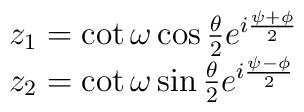
\begin{array}{ll} z_1=\cot \omega \cos\frac{\theta}{2}e^{i\frac{\psi+\phi}{2}} \\ z_2=\cot \omega \sin\frac{\theta}{2}e^{i\frac{\psi-\phi}{2}} \end{array}